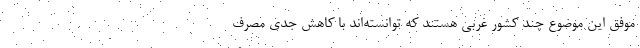
موفق این موضوع چند کشور غربی هستند که توانسته‌اند با کاهش جدی مصرف